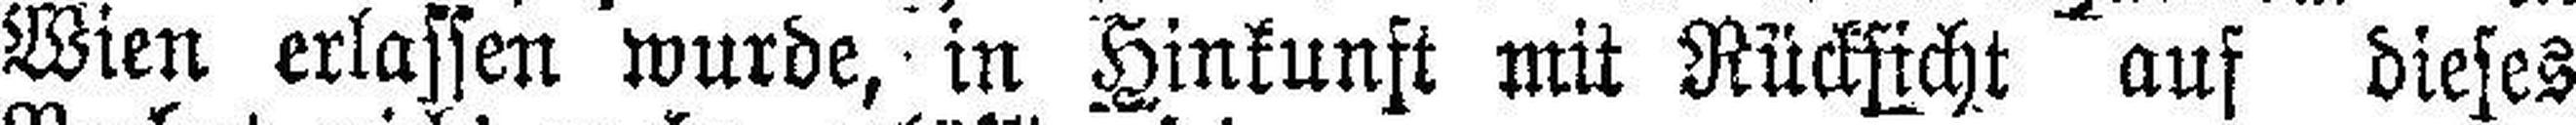
Wien erlassen wurde, in Hinkunft mit Rücksicht auf dieses